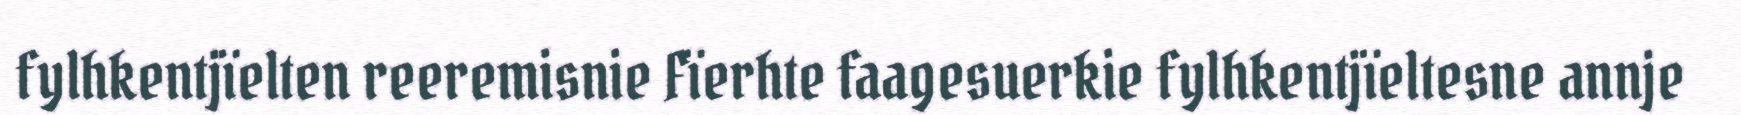
fylhkentjïelten reeremisnie Fïerhte faagesuerkie fylhkentjïeltesne annje